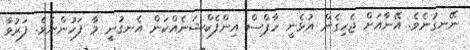
ނޭނގުނެވެ. އޭނާއަށް ޖެހިގެން އުޅެނީ ހާޕްސް އިންފެކްޝަނެއްކަން އެނގުނީ މާ ފަހުންނެވެ. ފަރުވާ